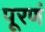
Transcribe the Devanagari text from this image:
पूरणं